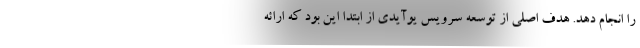
را انجام دهد. هدف اصلی از توسعه سرویس یوآیدی از ابتدا این بود که ارائه